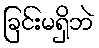
ခြင်းမရှိဘဲ